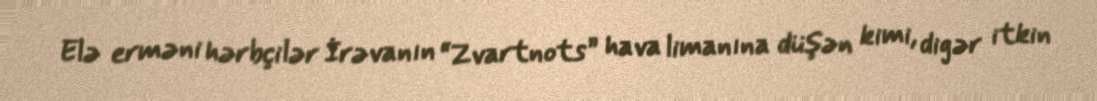
Elə erməni hərbçilər İrəvanın “Zvartnots” hava limanına düşən kimi, digər itkin